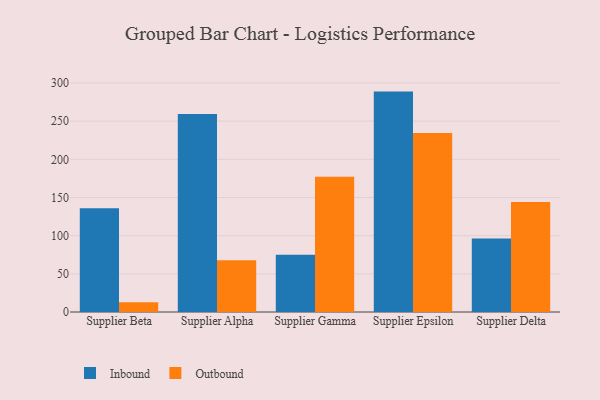
{"axis": {"x": "Supplier", "y": "Revenue (USD Million)"}, "legend": ["Inbound", "Outbound"], "data": [{"x": "Supplier Beta", "y": 136.0, "type": "Inbound"}, {"x": "Supplier Beta", "y": 12.7, "type": "Outbound"}, {"x": "Supplier Alpha", "y": 259.2, "type": "Inbound"}, {"x": "Supplier Alpha", "y": 67.7, "type": "Outbound"}, {"x": "Supplier Gamma", "y": 75.0, "type": "Inbound"}, {"x": "Supplier Gamma", "y": 177.0, "type": "Outbound"}, {"x": "Supplier Epsilon", "y": 288.7, "type": "Inbound"}, {"x": "Supplier Epsilon", "y": 234.5, "type": "Outbound"}, {"x": "Supplier Delta", "y": 96.4, "type": "Inbound"}, {"x": "Supplier Delta", "y": 144.1, "type": "Outbound"}]}